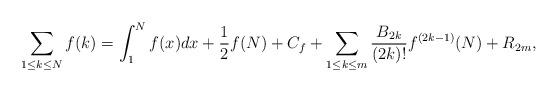
LaTeX: \begin{align*}\sum_{1\leq k\leq N} f(k)=\int_1^N f(x)dx+\frac{1}{2}f(N)+C_f+\sum_{1\leq k \leq m} \frac{B_{2k}}{(2k)!}f^{(2k-1)}(N)+R_{2m},\end{align*}